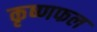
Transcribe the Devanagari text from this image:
कृष्णफल